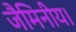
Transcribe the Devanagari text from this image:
जैमिनीय।